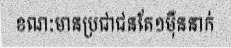
ខណៈមានប្រជាជនតែ១ម៉ឺននាក់